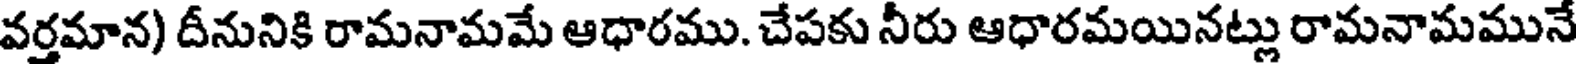
వర్తమాన) దీనునికి రామనామమే ఆధారము. చేపకు నీరు ఆధారమయినట్లు రామనామమునే